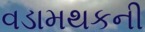
વડામથકની